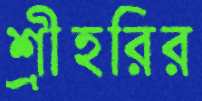
শ্রীহরির